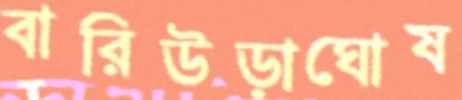
বারিউড়াঘোষ